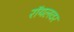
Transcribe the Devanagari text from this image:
रॉयलवर